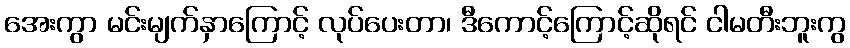
အေးကွာ မင်းမျက်နှာကြောင့် လုပ်ပေးတာ၊ ဒီကောင့်ကြောင့်ဆိုရင် ငါမတီးဘူးကွ